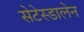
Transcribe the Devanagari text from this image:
सेटेस्डालेन